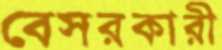
বেসরকারী